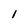
Character: l